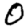
Digit: 0